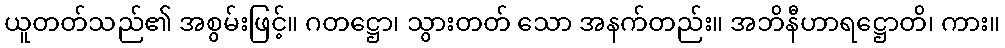
ယူတတ်သည်၏ အစွမ်းဖြင့်။ ဂတဋ္ဌော၊ သွားတတ် သော အနက်တည်း။ အဘိနီဟာရဋ္ဌောတိ၊ ကား။